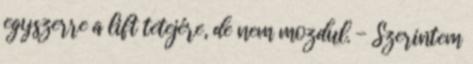
egyszerre a lift tetejére, de nem mozdul. - Szerintem